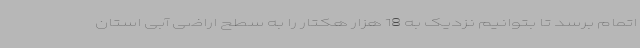
اتمام برسد تا بتوانیم نزدیک به 18 هزار هکتار را به سطح اراضی آبی استان